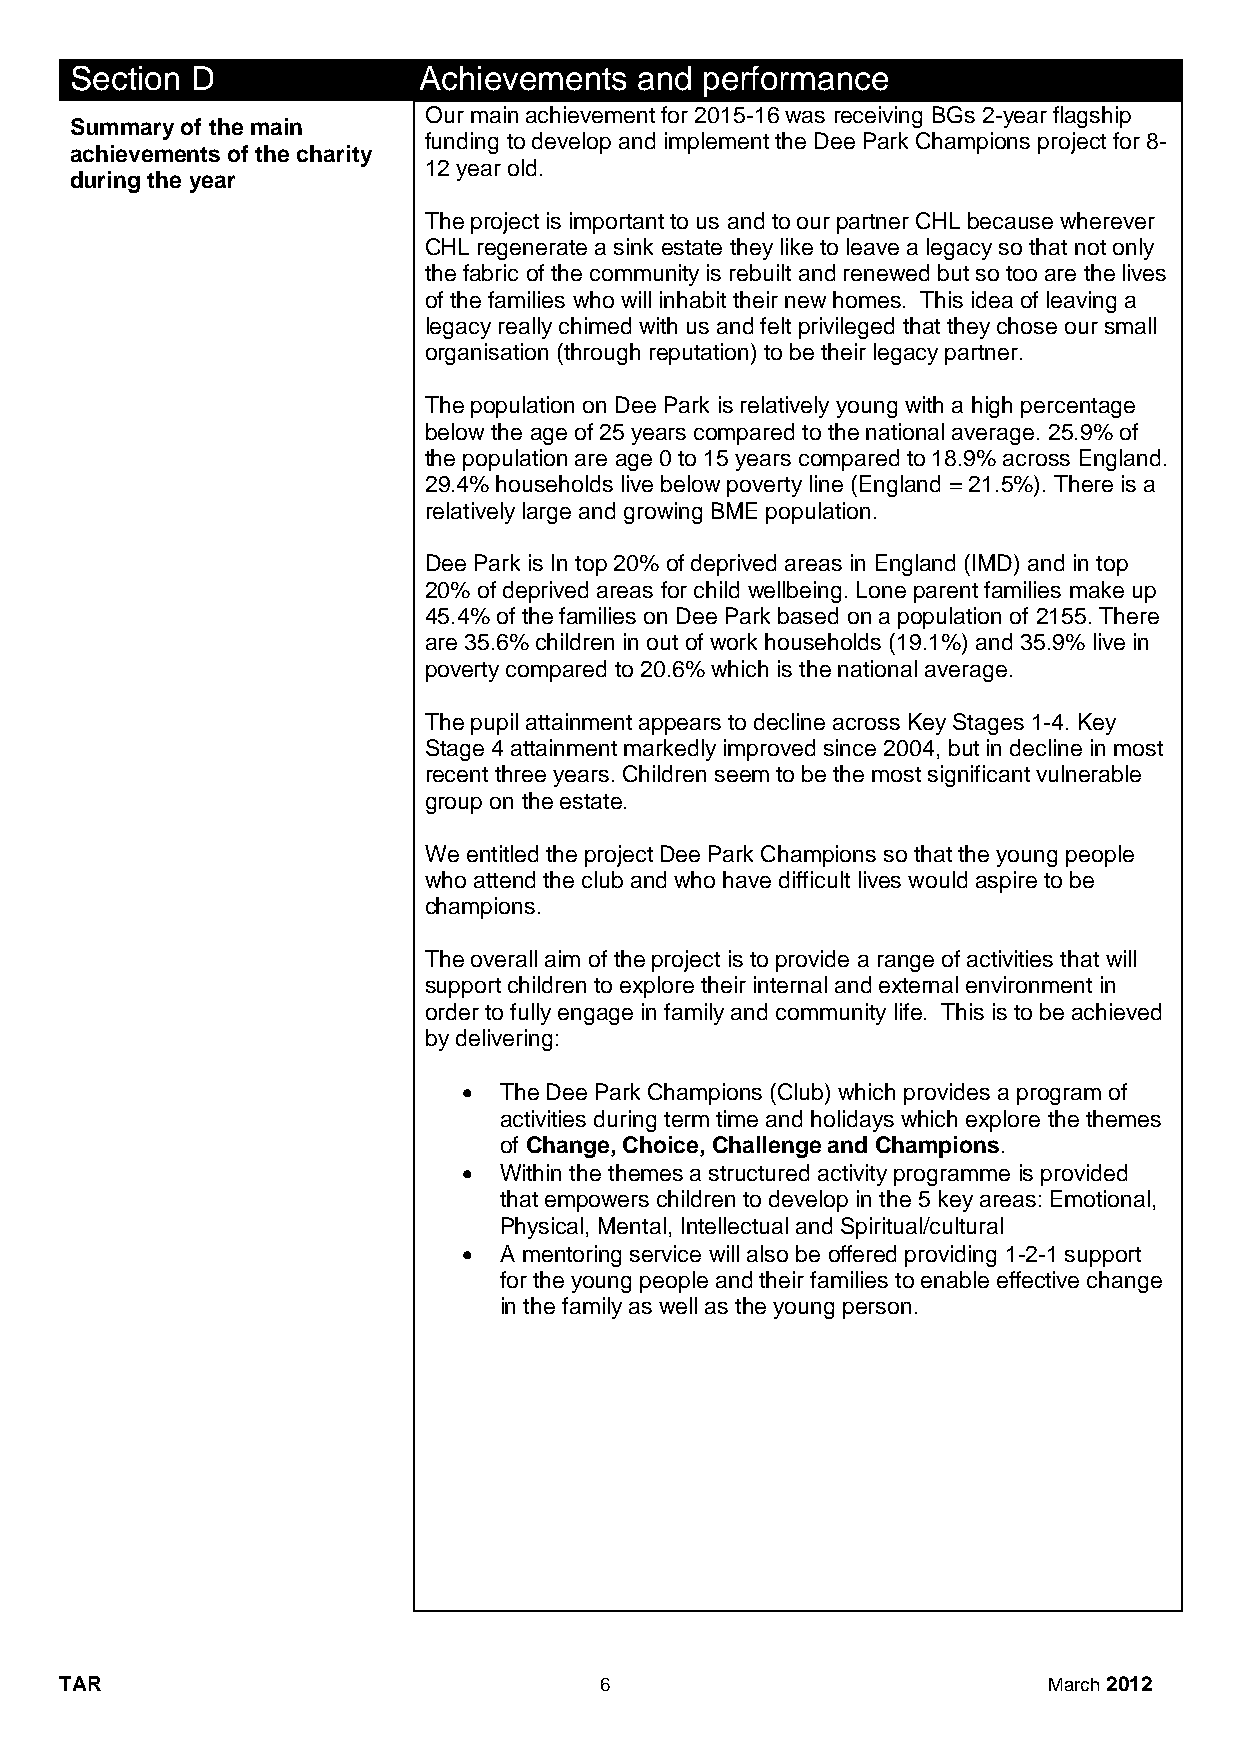
Section D              Achievements  and performance
 Our main achievement for 2015-16 was receiving BGs 2-year flagship
 Summary of the main
 funding to develop and implement the Dee Park Champions project for 8-
 achievements of the charity
 12 year old.
 during the year
 The project is important to us and to our partner CHL because wherever
 CHL regenerate a sink estate they like to leave a legacy so that not only
 the fabric of the community is rebuilt and renewed but so too are the lives
 of the families who will inhabit their new homes. This idea of leaving a
 legacy really chimed with us and felt privileged that they chose our small
 organisation (through reputation) to be their legacy partner.
 The population on Dee Park is relatively young with a high percentage
 below the age of 25 years compared to the national average. 25.9% of
 the population are age 0 to 15 years compared to 18.9% across England.
 29.4% households live below poverty line (England = 21.5%). There is a
 relatively large and growing BME population.
 Dee Park is In top 20% of deprived areas in England (IMD) and in top
 20% of deprived areas for child wellbeing. Lone parent families make up
 45.4% of the families on Dee Park based on a population of 2155. There
 are 35.6% children in out of work households (19.1%) and 35.9% live in
 poverty compared to 20.6% which is the national average.
 The pupil attainment appears to decline across Key Stages 1-4. Key
 Stage 4 attainment markedly improved since 2004, but in decline in most
 recent three years. Children seem to be the most significant vulnerable
 group on the estate.
 We entitled the project Dee Park Champions so that the young people
 who attend the club and who have difficult lives would aspire to be
 champions.
 The overall aim of the project is to provide a range of activities that will
 support children to explore their internal and external environment in
 order to fully engage in family and community life. This is to be achieved
 by delivering:
  The Dee Park Champions (Club) which provides a program of
 activities during term time and holidays which explore the themes
 of Change, Choice, Challenge and Champions.
  Within the themes a structured activity programme is provided
 that empowers children to develop in the 5 key areas: Emotional,
 Physical, Mental, Intellectual and Spiritual/cultural
  A mentoring service will also be offered providing 1-2-1 support
 for the young people and their families to enable effective change
 in the family as well as the young person.
 TAR                                 6                            March 2012